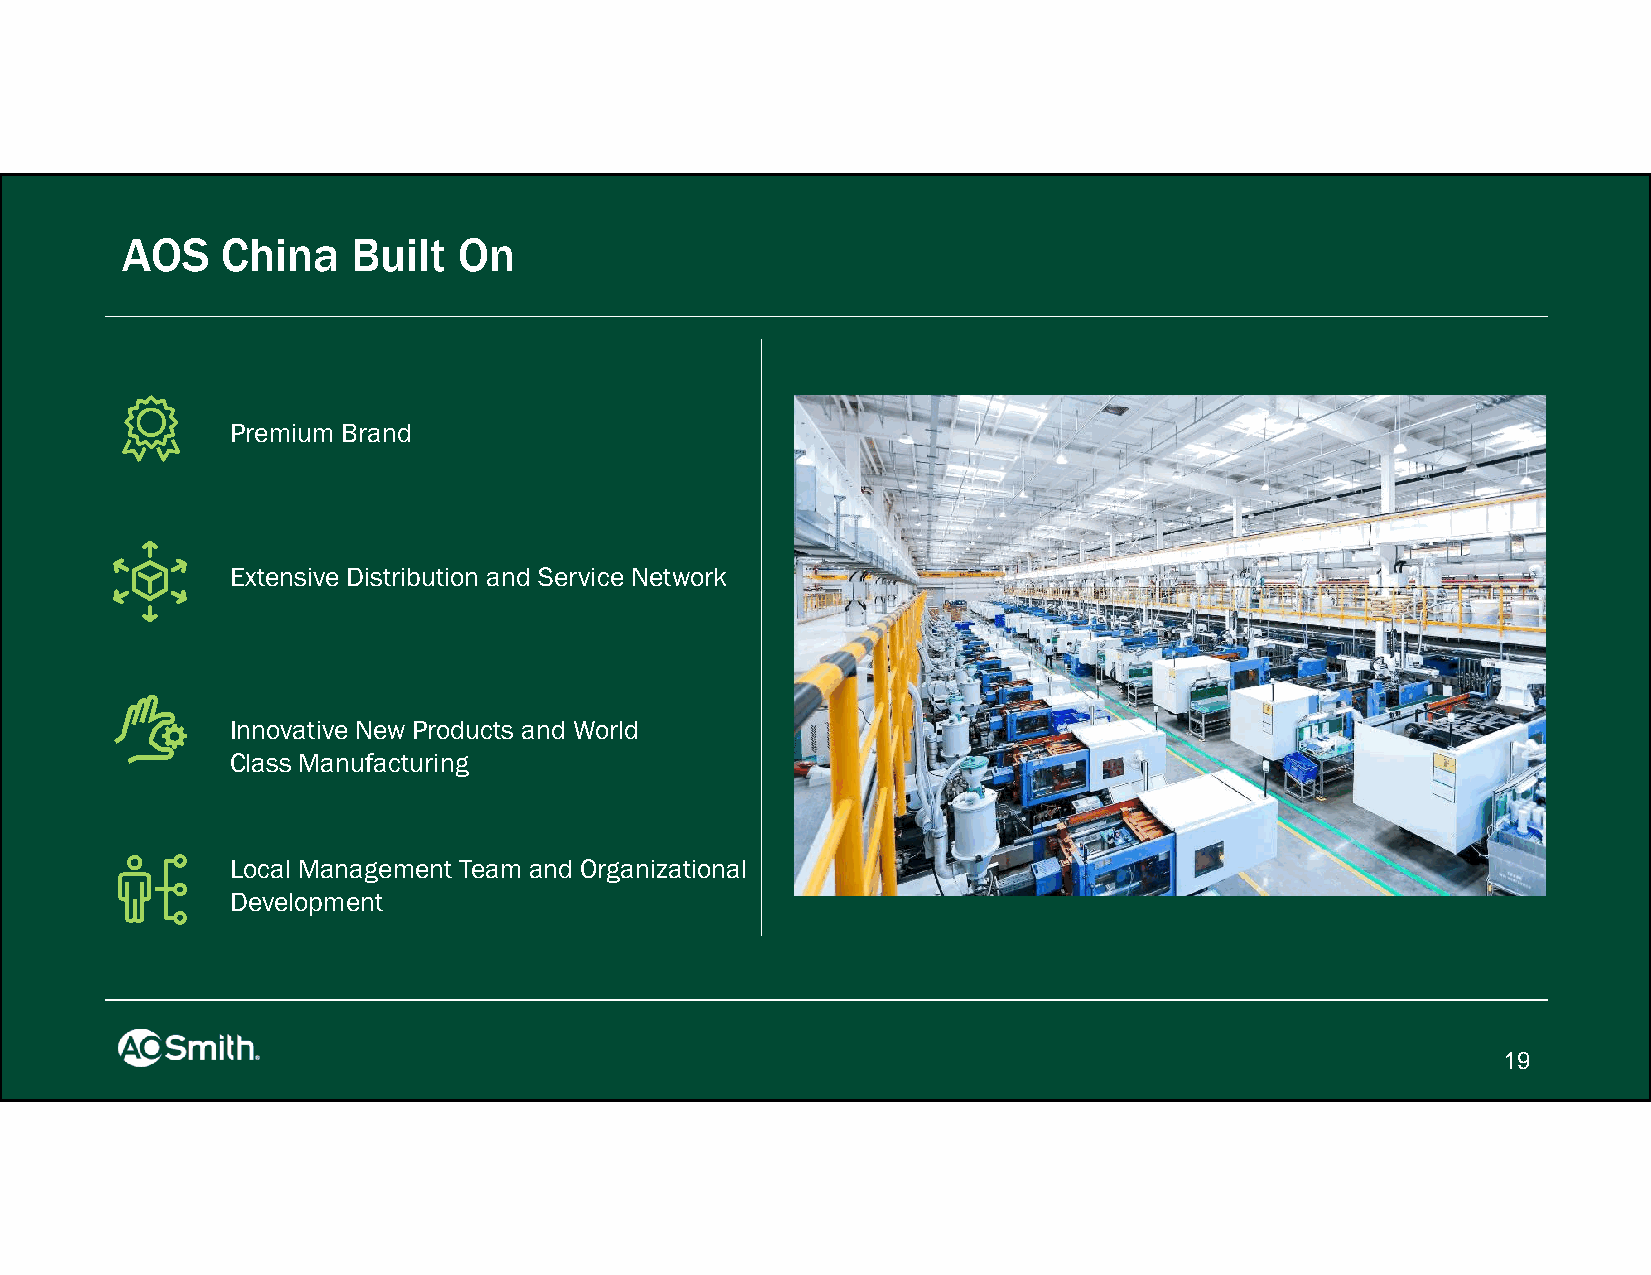
AOS    China   Built  On
 Premium Brand
 Extensive Distribution and Service Network
 Innovative New Products and World
 Class Manufacturing
 Local Management Team and Organizational
 Development
 19